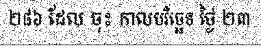
២៨៦ ដែល ចុះ កាលបរិច្ឆេទ ថ្ងៃ ២៣